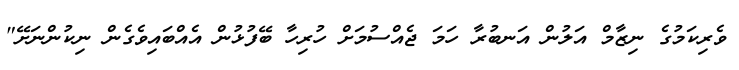
ވެރިކަމުގެ ނިޒާމް އަލުން އަނބުރާ ހަމަ ޖެއްސުމަށް ހުރިހާ ބޭފުޅުން އެއްބައިވެގެން ނިކުންނަށޭ"